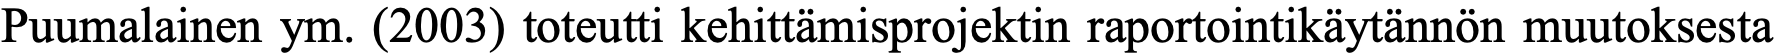
Puumalainen ym. (2003) toteutti kehittämisprojektin raportointikäytännön muutoksesta